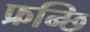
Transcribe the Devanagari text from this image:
फ्रन्छि